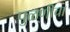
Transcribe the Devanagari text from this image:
पुळणीचा